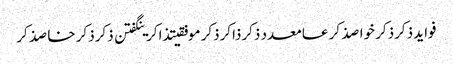
فواید ذکرذکر خواصذکر عامعدد ذکرذاکرذکر موفقیتذاکرینگفتن ذکرذکر خاصذکر